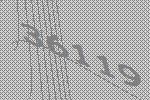
36119